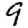
Digit: 9